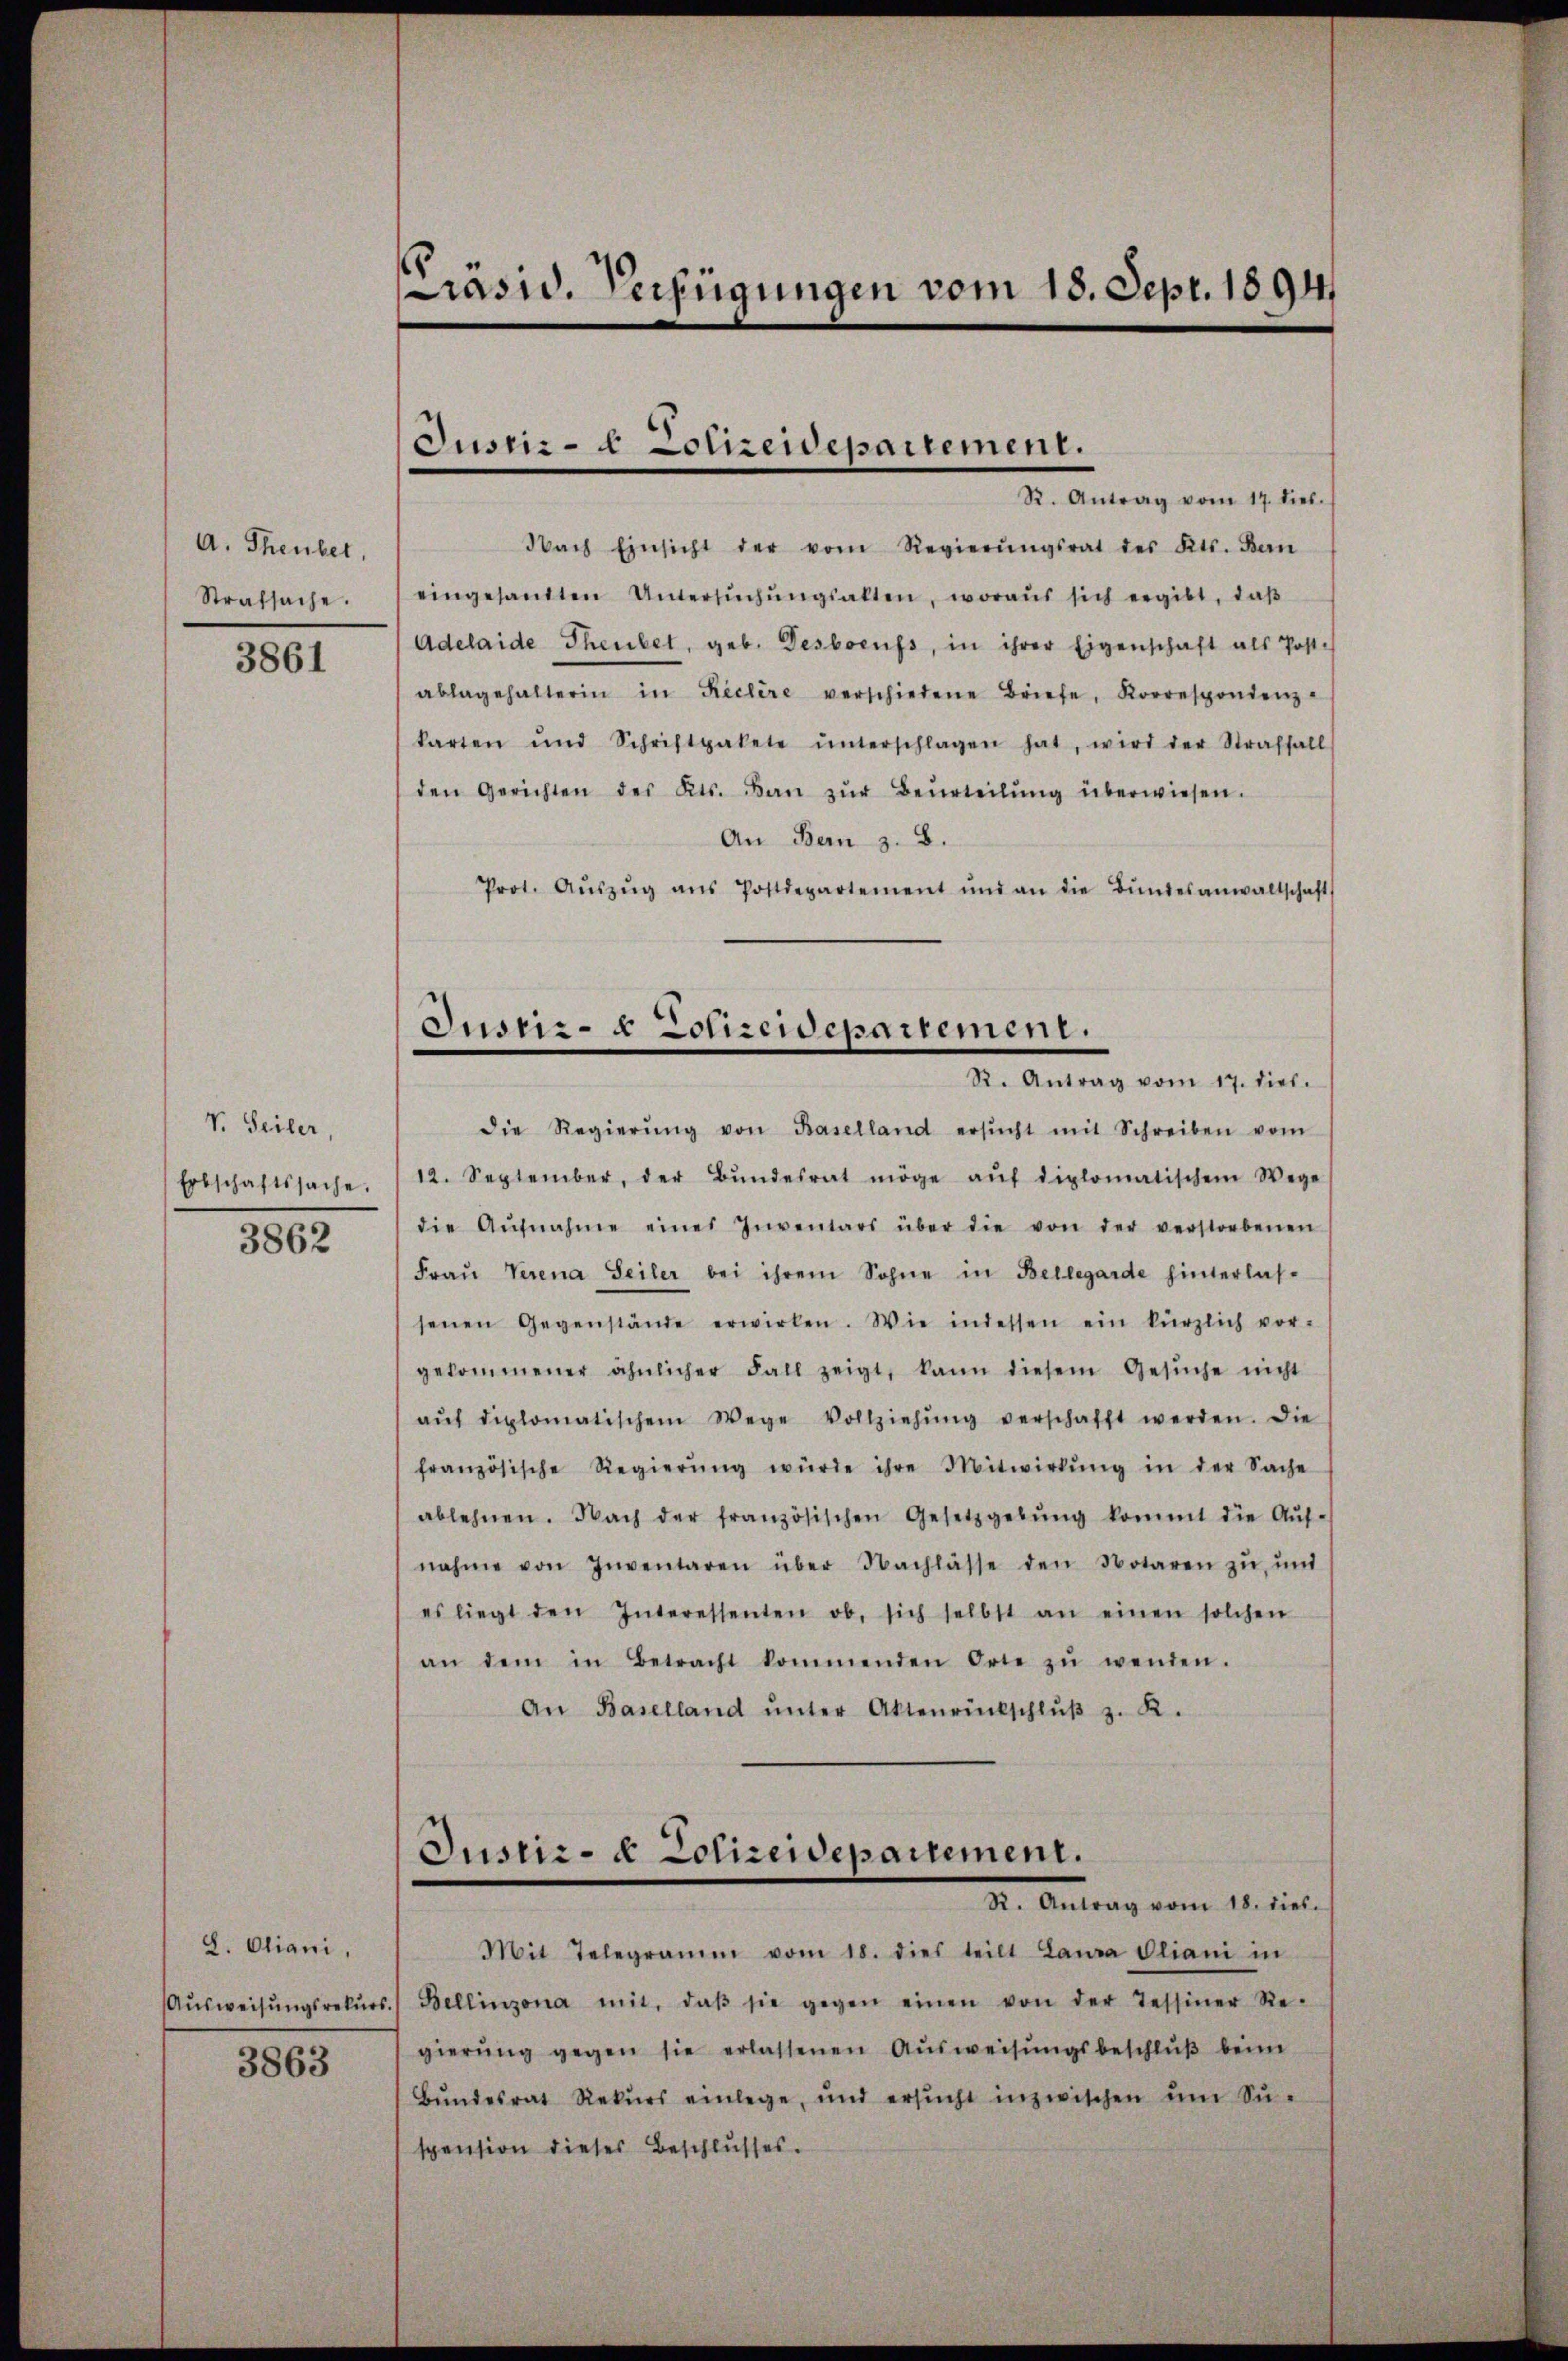
A. Theuber,
Strafsache.

3861

V. Seiler,
Erbschaftssache.
3862

8. Oliani,
Ausweisungsrekurs
3863

Prasid. Verfügungen vom 18. Sept. 1894

Justiz- & Polizeidepartement.
R. Antrag vom 17. dieb.

Justiz- & Polizeidepartement.
R. Antrag vom 17. dies.

Nach Einsicht der vom Regierŭngsrat des Kts. Ban
eingesandten Untersŭchŭngsalten, woraŭs sich ergibt, daβ
Adelaide Theubet, geb. Desboeuss, in ihrer Eigenschaft als Post-
ablagehalterin in Reclire verschiedene Briefe, Korrespondenz-
karten und Schriftpakete ŭnterschlagen hat, wird der Straffall
den Gerichten des Kts. Baŭ zŭr Beurteilŭng überwiesen.
An Bern z. B.
Prot. Aŭszŭg aŭs Postdepartement und an die Bŭndesanwaltschaft
die Regierŭng von Baselland ersŭcht mit Schreiben vom
12. September, der Bŭndesrat möge aŭf diplomatischem Wege
die Aŭfnahme eines Inventars über die von der verstorbenen
Fraŭ Verena Seiler bei ihrem Sohne in Bellegarde hinterlassenen Gegenstände erwirken. Wie indessen ein kürzlich vor-
gekommener ähnlicher Fall zeigt, kann diesem Gesŭche nicht
aŭf diplomatischem Wege Vollziehŭng verschafft werden. Die
französische Regierŭng würde ihre Mitwirkŭng in der Sache
ablehnen. Nach der französischen Gesetzgebŭng kommt die Aŭf-
nahme von Inventaren über Nachlasse den Notaren zŭ ŭnd
es liegt den Interessenten ob, sich selbst an einen solchen
an dem in Betracht kommenden Orte zŭ wenden.
An Baselland ŭnter Aktenrückschlŭβ z. R.
Justiz- & Polizeidepartement.
Dr. Antrag vom 11. dies
Mit Telegramm vom 18. dies teilt Laura Oliani in
Bellinzona mit, daβ sie gegen einen von der Tessiner Re-
gierŭng gegen sie erlassenen Aŭsweisŭngsbeschlŭβ beim
Bŭndesrat Rekŭrs einlege, und ersŭcht inzwischen ŭm Sŭ-
spension dieses Beschlusses.